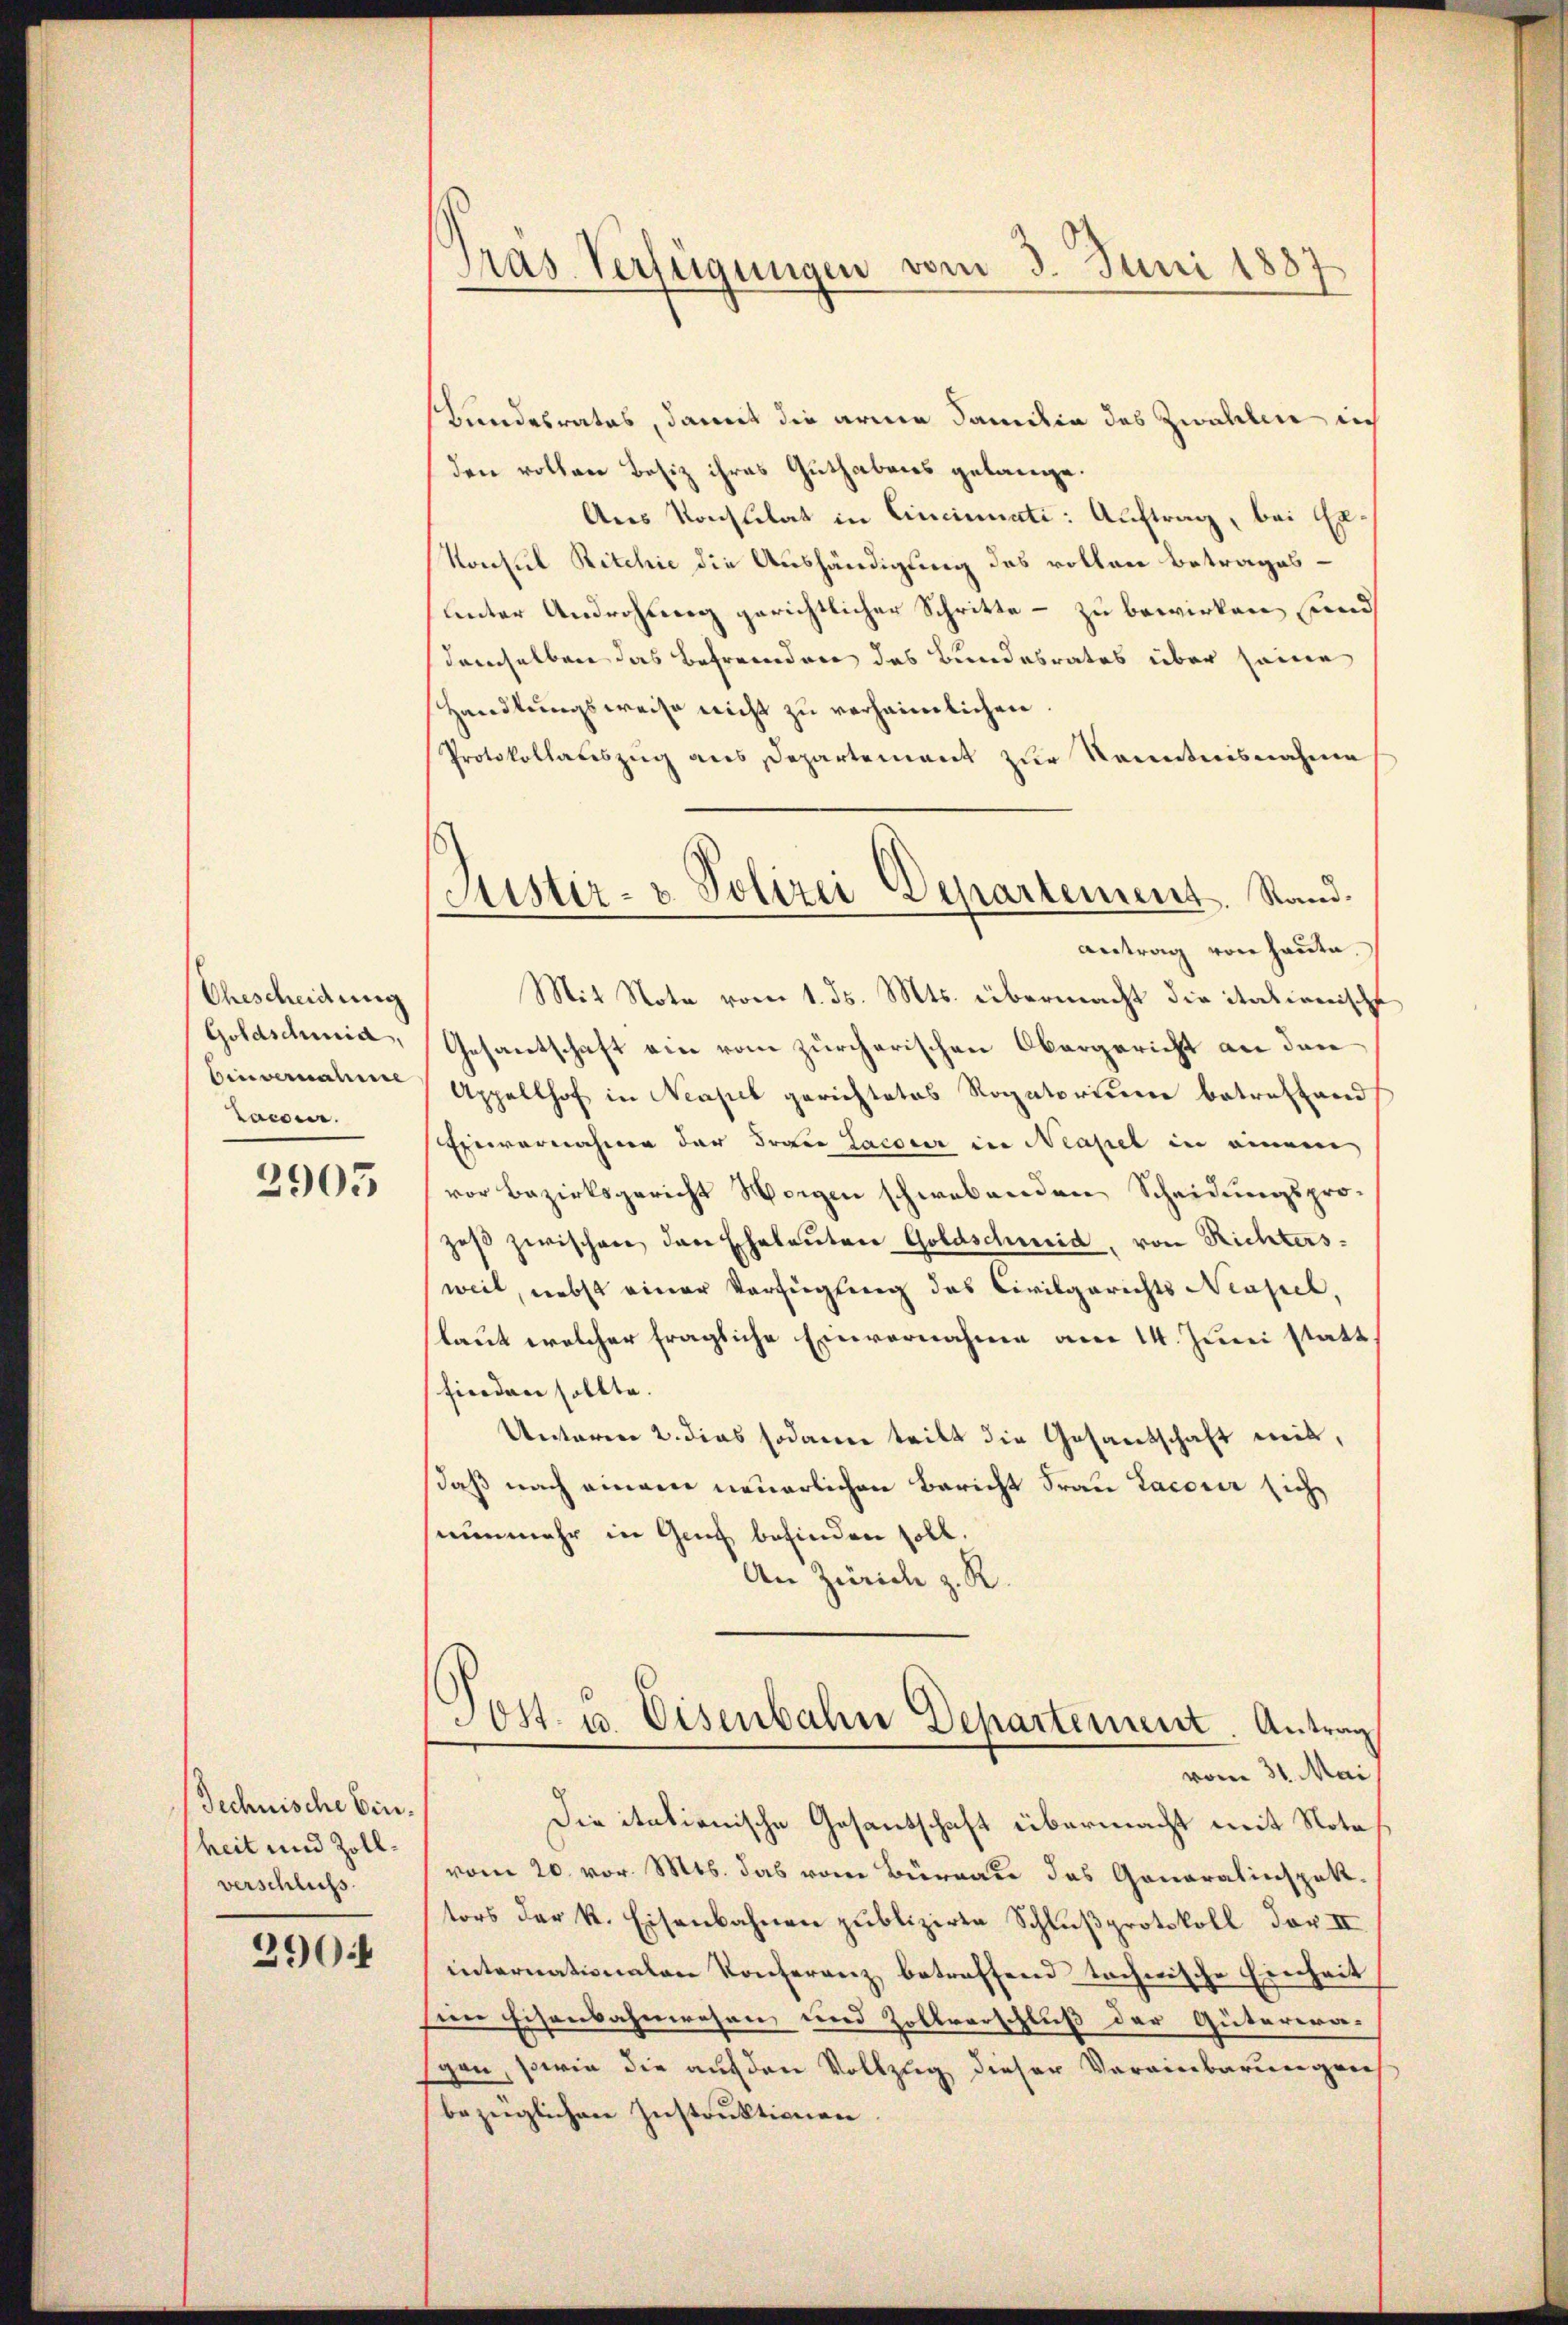
Ehescheidung
Goldschmid,
Einvernahme
Lacone.

2905

Technische Einheit und Zollverschliess.

290

Pras Verfügungen vom 3. Juni 1887

Justiz- & Polizei Departement. Stand.
antrag von Hauta

Bandesrates, damit die arme Familie des Zwahlen in
den vollen Besiz ihres Guthabens gelange.
Ans Konstilat in Cincinati: Auftrag, bei Er
Konsul Ritchie die Aushändigung des vollen Betrages-
unter Androhung gerichtlicher Schritte – zu bewirken, und
demselben das Befremden das Bundesrates über seine
Handlungsweise nicht zu verheimlichen
Protokollatiszug aus Departement zur Kenntnisnahme
Mit Note vom 1. ds. Mts. übermacht die italianische
Gesantschaft ein vom zürcherischen Obergericht an den
Appellhof in Neapel gerichtetes Rogatorium betreffend
Einvernahme der Frau Jacour in Neapel in einem
vor Bezirksgericht Horgen schwebenden Scheidungsprozeβ zwischen den Eheleŭten Goldschmid, von Richters
weil, nebst einer Verfügung des Civilgerichts Neapel,
(laut welcher fragliche Einvernahme am 14. Juni statt,
finden sollte.
Unterrer 2. dies sodann teilt die Gesandschaft mit,
daß nach einem neuerlichen Bericht Frau Lacouir sich
nunmehr in Gut befinden soll.
An Zürich z. R.
Post. u. Eisenbahn Departement. Antrag
vom 31. Mai
Die itationische Gesandschaft übermacht mit Nota
vom 20. vor. Mts. das vom Büreau des Gonoralinspekt.
tors der k. Eisenbahnen publizirte Schlußprotokoll der II.
internationalen Konferenz betreffend technische Einheit
sien Eisenbahnwesen und Zollverschluß der Güterwagen, sowie die auf den Vollzug dieser Vereinbarungen
bezüglichen Instruktionen